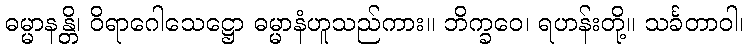
ဓမ္မာနန္တိ၊ ဝိရာဂေါသေဋ္ဌော ဓမ္မာနံဟူသည်ကား။ ဘိက္ခဝေ၊ ရဟန်းတို့။ သင်္ခတာဝါ၊